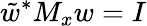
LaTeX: \tilde{w}^{*}M_{x}w=I